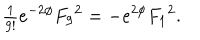
LaTeX: { \textstyle \frac { 1 } { 9 ! } } e ^ { - 2 \phi } { F _ { 9 } } ^ { 2 } = - { e } ^ { 2 \phi } { F _ { 1 } } ^ { 2 } .